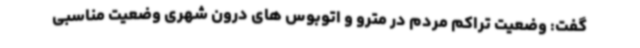
گفت: وضعیت تراکم مردم در مترو و اتوبوس های درون شهری وضعیت مناسبی